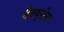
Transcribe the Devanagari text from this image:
वैक्यूरोस